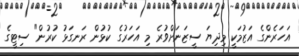
އަހަރެންގެ އަޒުމަކީ މިދިޔަ ސީޒަނަށްވުރެ މި އަހަރުގެ ކުޅުން ރަނގަޅު ކުރުން" ސިޓީގެ